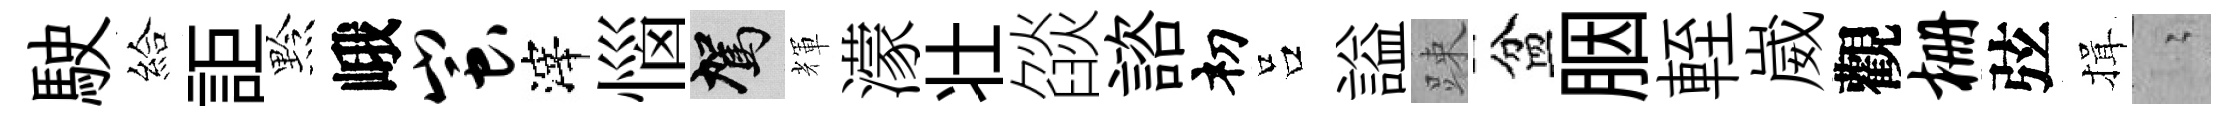
駛給詎黔峨蚩滓惱駕輝濛壮燄諮𥘉吕謚踈盆胭輊崴觀栅弦揖隐